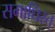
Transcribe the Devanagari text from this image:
समाधिस्त्